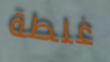
غلطة